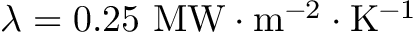
\lambda = 0 . 2 5 ~ \mathrm { M W \cdot m ^ { - 2 } \cdot K ^ { - 1 } }